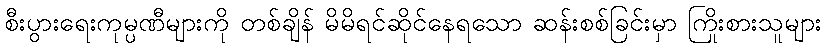
စီးပွားရေးကုမ္ပဏီများကို တစ်ချိန် မိမိရင်ဆိုင်နေရသော ဆန်းစစ်ခြင်းမှာ ကြိုးစားသူများ